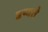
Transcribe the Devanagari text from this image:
दृष्यते